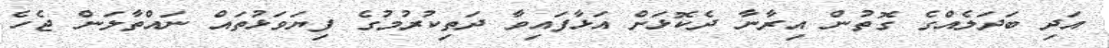
އަދި ބަދަލެއްގެ ގޮތުން އިރާނާ ދެކޮޅަށް އަޅާފައިވާ ދަތިކުރުމުގެ ފިޔަވަޅުތައް ނައްތާލަން ޖެހެ